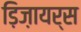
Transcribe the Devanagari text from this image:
ड़िज़ायर्स